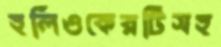
হলিওকেরটিসহ